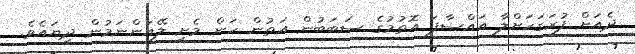
ދެއަށް ފުރަގަހަށްލާ އައްސާފަ އޮތުމުގެ ސަބަބުން އަތުން ހަން މެށި ލޭއަންނަމުން ދިޔައެވެ.